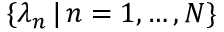
\{ \lambda _ { n } \, | \, n = 1 , \ldots , N \}